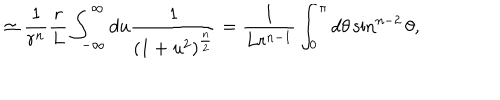
\simeq { \frac { 1 } { r ^ { n } } } { \frac { r } { L } } \int _ { - \infty } ^ { \infty } d u { \frac { 1 } { ( 1 + u ^ { 2 } ) ^ { \frac { n } { 2 } } } } = { \frac { 1 } { L r ^ { n - 1 } } } \int _ { 0 } ^ { \pi } d \theta \sin ^ { n - 2 } \theta ,